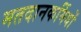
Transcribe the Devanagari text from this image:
मतदानकर्मियों